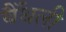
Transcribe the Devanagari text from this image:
बैँथली